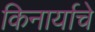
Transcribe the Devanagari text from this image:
किनार्याचे